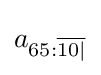
a_{65:{\overline {10|}}}